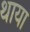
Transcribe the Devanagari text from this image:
थाया